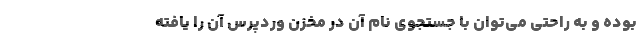
بوده و به راحتی می‌توان با جستجوی نام آن در مخزن وردپرس آن را یافته